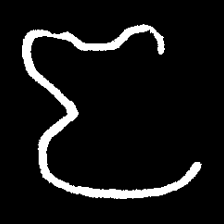
Pyu character \u2014 Myanmar letter: ဇ (romanized: ja)